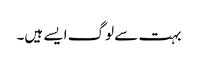
بہت سے لوگ ایسے ہیں۔